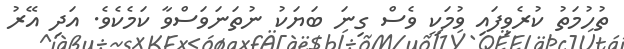
ތުހުމަތު ކުރެވިފައި ވުމަކީ ވެސް ގިނަ ބަޔަކު ނުތަނަވަސްވާ ކަމެކެވެ. އަދި އޭރު